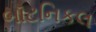
બૉટનિકલ